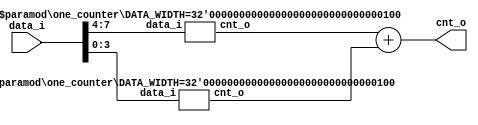
module one_counter (
	data_i,
	cnt_o
);
	parameter [31:0] DATA_WIDTH = 8;
	localparam [31:0] CNT_WIDTH = $clog2(DATA_WIDTH) + 1;
	input wire [DATA_WIDTH - 1:0] data_i;
	output wire [CNT_WIDTH - 1:0] cnt_o;
	localparam [31:0] PADDED_DATA_WIDTH = 1 << $clog2(DATA_WIDTH);
	reg [PADDED_DATA_WIDTH - 1:0] padded_data;
	always @(*) begin
		padded_data = {PADDED_DATA_WIDTH {1'b0}};
		padded_data[DATA_WIDTH - 1:0] = data_i;
	end
	generate
		if (DATA_WIDTH == 1) begin : genblk1
			assign cnt_o = data_i;
		end
		else begin : genblk1
			wire [CNT_WIDTH - 2:0] res_left;
			wire [CNT_WIDTH - 2:0] res_right;
			assign cnt_o = res_left + res_right;
			one_counter #(.DATA_WIDTH(PADDED_DATA_WIDTH / 2)) one_counter_left_u(
				.data_i(padded_data[PADDED_DATA_WIDTH - 1:PADDED_DATA_WIDTH / 2]),
				.cnt_o(res_left)
			);
			one_counter #(.DATA_WIDTH(PADDED_DATA_WIDTH / 2)) one_counter_right_u(
				.data_i(padded_data[(PADDED_DATA_WIDTH / 2) - 1:0]),
				.cnt_o(res_right)
			);
		end
	endgenerate
endmodule